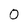
Character: 0